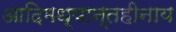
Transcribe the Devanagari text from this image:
आदिमध्यान्तहीनाय